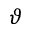
\vartheta